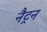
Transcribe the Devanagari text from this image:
नैट्रन